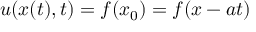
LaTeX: u ( x ( t ) , t ) = f ( x _ { 0 } ) = f ( x - a t )